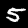
Label: 5